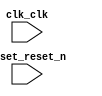

module salut_nios (
	clk_clk,
	reset_reset_n);	

	input		clk_clk;
	input		reset_reset_n;
endmodule